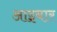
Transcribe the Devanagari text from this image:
आइबार